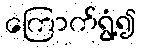
ကြောက်ရွံ့၍